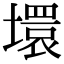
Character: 𡑡